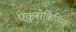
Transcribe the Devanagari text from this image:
एकुसेकिजिमा